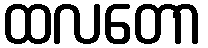
ထလတော